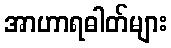
အာဟာရဓါတ်များ